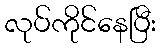
လုပ်ကိုင်နေပြီး